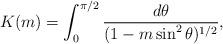
LaTeX: \begin{align*}K(m)=\int_0^{\pi /2} \frac{d\theta}{(1-m\sin^2\theta)^{1/2}},\end{align*}